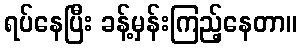
ရပ်နေပြီး ခန့်မှန်းကြည့်နေတာ။